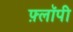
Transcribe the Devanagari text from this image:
फ़्लॉपी